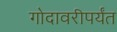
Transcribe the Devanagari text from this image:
गोदावरीपर्यंत